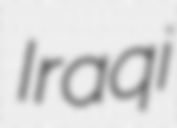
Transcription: Iraqi